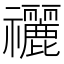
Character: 𥜰